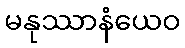
မနုဿာနံယေဝ